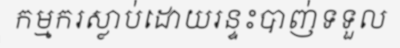
កម្មករស្លាប់ដោយរន្ទះបាញ់ទទួល